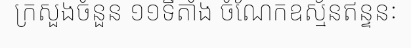
ក្រសួងចំនួន ១១ទីតាំង ចំណែកឧស្ម័នឥន្ទនៈ